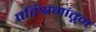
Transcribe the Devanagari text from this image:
परिश्रमांतून